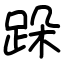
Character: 跺